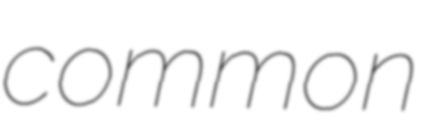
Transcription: common